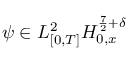
\psi \in L _ { [ 0 , T ] } ^ { 2 } H _ { 0 , x } ^ { \frac { 7 } { 2 } + \delta }